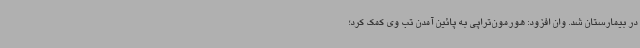
در بیمارستان شد. وان افزود: هورمون‌تراپی به پائین آمدن تب وی کمک کرد؛